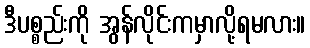
ဒီပစ္စည်းကို အွန်လိုင်းကမှာလို့ရမလား။